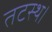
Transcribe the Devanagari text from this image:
तटस्थ।